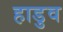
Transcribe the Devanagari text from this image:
हाडुव